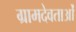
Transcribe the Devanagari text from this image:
ग्रामदेवताओं